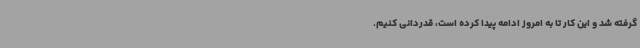
گرفته شد و این کار تا به امروز ادامه پیدا کرده است، قدردانی کنیم.